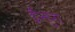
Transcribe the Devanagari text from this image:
ईसुरा